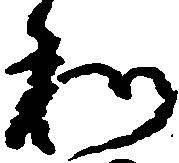
私